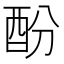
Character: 酚